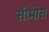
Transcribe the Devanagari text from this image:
सीमोस